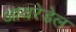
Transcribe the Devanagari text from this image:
आयरेडेल